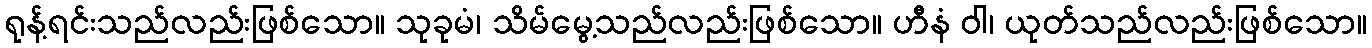
ရုန့်ရင်းသည်လည်းဖြစ်သော။ သုခုမံ၊ သိမ်မွေ့သည်လည်းဖြစ်သော။ ဟီနံ ဝါ၊ ယုတ်သည်လည်းဖြစ်သော။